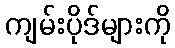
ကျမ်းပိုဒ်များကို